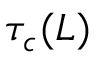
\tau _ { c } ( L )